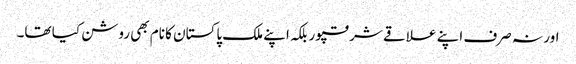
اور نہ صرف اپنے علاقے شرقپور بلکہ اپنے ملک پاکستان کا نام بھی روشن کیا تھا۔